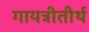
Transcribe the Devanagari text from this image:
गायत्रीतीर्थ